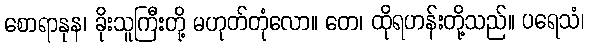
စောရာနုန၊ ခိုးသူကြီးတို့ မဟုတ်တုံလော။ တေ၊ ထိုရဟန်းတို့သည်။ ပရေသံ၊